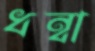
ধন্বা